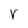
Character: v